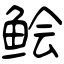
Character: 鲙